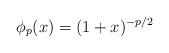
LaTeX: \begin{align*}\phi_p(x)=(1+x)^{-p/2}\end{align*}